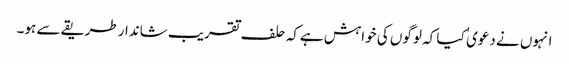
انہوں نے دعوی ٰ کیا کہ لوگوں کی خواہش ہےکہ حلف تقریب شاندارطریقے سے ہو۔